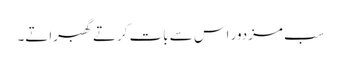
سب مزدور اس سے بات کرتے گھبراتے۔